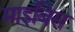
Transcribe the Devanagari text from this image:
माइबिस